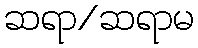
ဆရာ/ဆရာမ